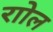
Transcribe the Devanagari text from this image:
राोल